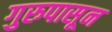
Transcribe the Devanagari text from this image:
गुरुपासून